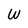
Character: W